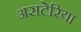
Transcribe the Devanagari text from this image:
असटेरिया